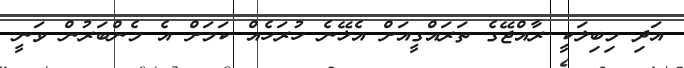
އަދި މިބިލަކީ ރާއްޖޭގެ ތަރައްގީއަށް އެޅޭނެ ހުރަހެއް ކަމަށް އެ މެންބަރުން ވަނީ